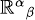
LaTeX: \scriptstyle{\mathbb{R}^{\alpha}}_{\beta}